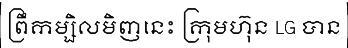
ព្រឹកម្សិលមិញនេះ ក្រុមហ៊ុន LG បាន